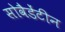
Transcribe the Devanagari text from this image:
सोवैडेंटीन